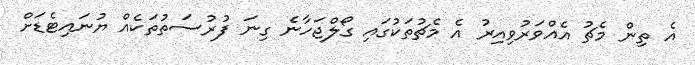
އެ ތިން މެޗު އެއްވަރުވިއިރު އެ މެޗުތަކުގައި ގޯލްޖަހާނެ ގިނަ ފުރުސަތުތަކެއް ޔުނައިޓެޑަށް